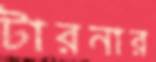
টারনার